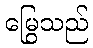
မြွေသည်